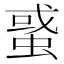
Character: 𧌒